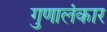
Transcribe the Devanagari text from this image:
गुणालंकार